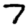
Digit: 7